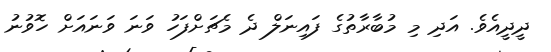
ދީދީއެވެ. އަދި މި މުބާރާތުގެ ފައިނަލް ދެ މެޗަށްފަހު ވަނަ ވަނައަށް ހޮވުނު